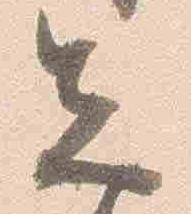
先